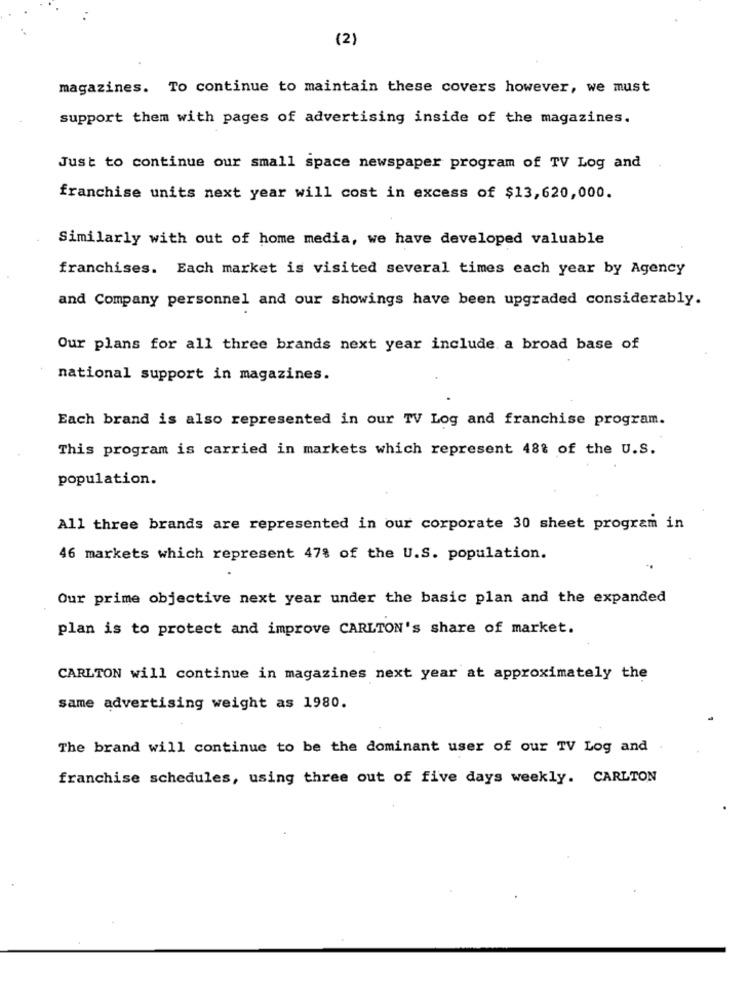
(2)
magazines. To continue to maintain these covers however, we must
support them with pages of advertising inside of the magazines.
Just to continue our small space newspaper program of TV Log and
franchise units next year will cost in excess of $13,620,000.
Similarly with out of home media, we have developed valuable
franchises. Each market is visited several times each year by Agency
and Company personnel and our showings have been upgraded considerably.
Our plans for all three brands next year include a broad base of
national support in magazines.
Each brand is also represented in our TV Log and franchise program.
This program is carried in markets which represent 48% of the U.S.
population.
All three brands are represented in our corporate 30 sheet program in
46 markets which represent 47% of the U.S. population.
Our prime objective next year under the basic plan and the expanded
plan is to protect and improve CARLTON's share of market.
CARLTON will continue in magazines next year at approximately the
same advertising weight as 1980.
The brand will continue to be the dominant user of our TV Log and
franchise schedules, using three out of five days weekly. CARLTON